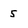
Character: 5